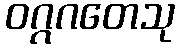
ဝဂ္ဂဂတေသု